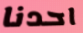
احدنا